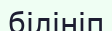
білініп